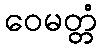
ဝေမတ္တံ